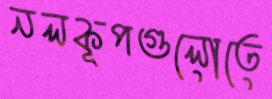
নলকূপগুলোতে